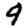
Digit: 9